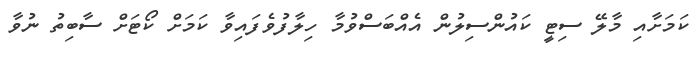
ކަމަށާއި މާލޭ ސިޓީ ކައުންސިލުން އެއްބަސްވުމާ ހިލާފުވެފައިވާ ކަމަށް ކޯޓަށް ސާބިތު ނުވާ